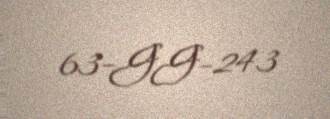
63-GG-243